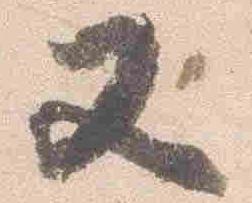
又